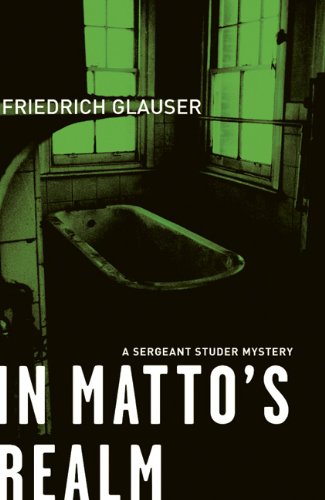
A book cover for In Matto's Realm: A Sergeant Studer Mystery; Friedrich Glauser; Travel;